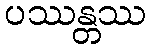
ပဿန္တဿ